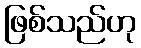
ဖြစ်သည်ဟု